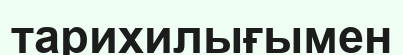
тарихилығымен